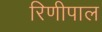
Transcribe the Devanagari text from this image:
रिणीपाल